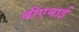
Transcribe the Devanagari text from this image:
बीएमाई